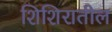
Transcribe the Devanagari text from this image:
शिशिरातील